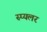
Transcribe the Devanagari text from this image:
स्प्यलर